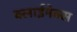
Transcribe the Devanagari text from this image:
क्लाईमेक्स